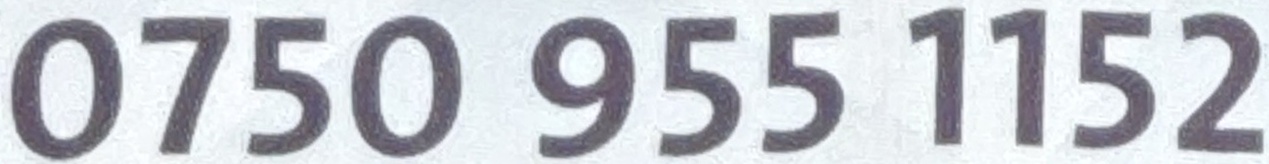
0750 955 1152